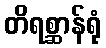
တိရစ္ဆာန်ရုံ